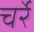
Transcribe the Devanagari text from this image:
चर्रे